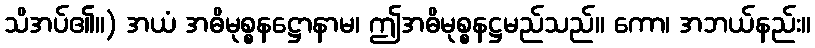
သိအပ်၏။) အယံ အဓိမုစ္စနဋ္ဌောနာမ၊ ဤအဓိမုစ္စနဋ္ဌမည်သည်။ ကော၊ အဘယ်နည်း။